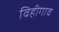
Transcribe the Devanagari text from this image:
विहीगाव